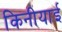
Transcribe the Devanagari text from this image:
किनीयाई